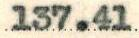
137.41